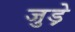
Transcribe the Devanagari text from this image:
जुड़े़